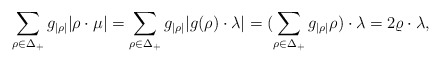
\begin{align*}\sum_{\rho\in\Delta_+}{g_{|\rho|}} |\rho\cdot\mu| =\sum_{\rho\in\Delta_+}{g_{|\rho|}} |g(\rho)\cdot\lambda|=(\sum_{\rho\in\Delta_+}{g_{|\rho|}} \rho)\cdot\lambda=2\varrho\cdot\lambda,\end{align*}